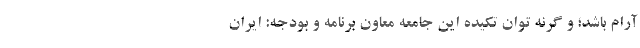
آرام باشد؛ و گرنه توان تکیده اين جامعه معاون برنامه و بودجه: ایران